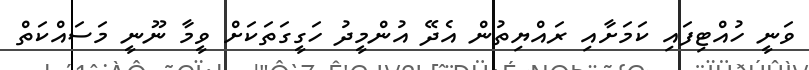
ވަނީ ހުއްޓިފައި ކަމަށާއި ރައްޔިތުން އެދޭ އުންމީދު ހަގީގަތަކަށް ވީމާ ނޫނީ މަސައްކަތް